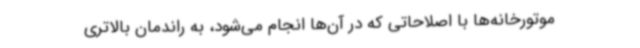
موتورخانه‌ها با اصلاحاتی که در آن‌ها انجام می‌شود، به راندمان بالاتری